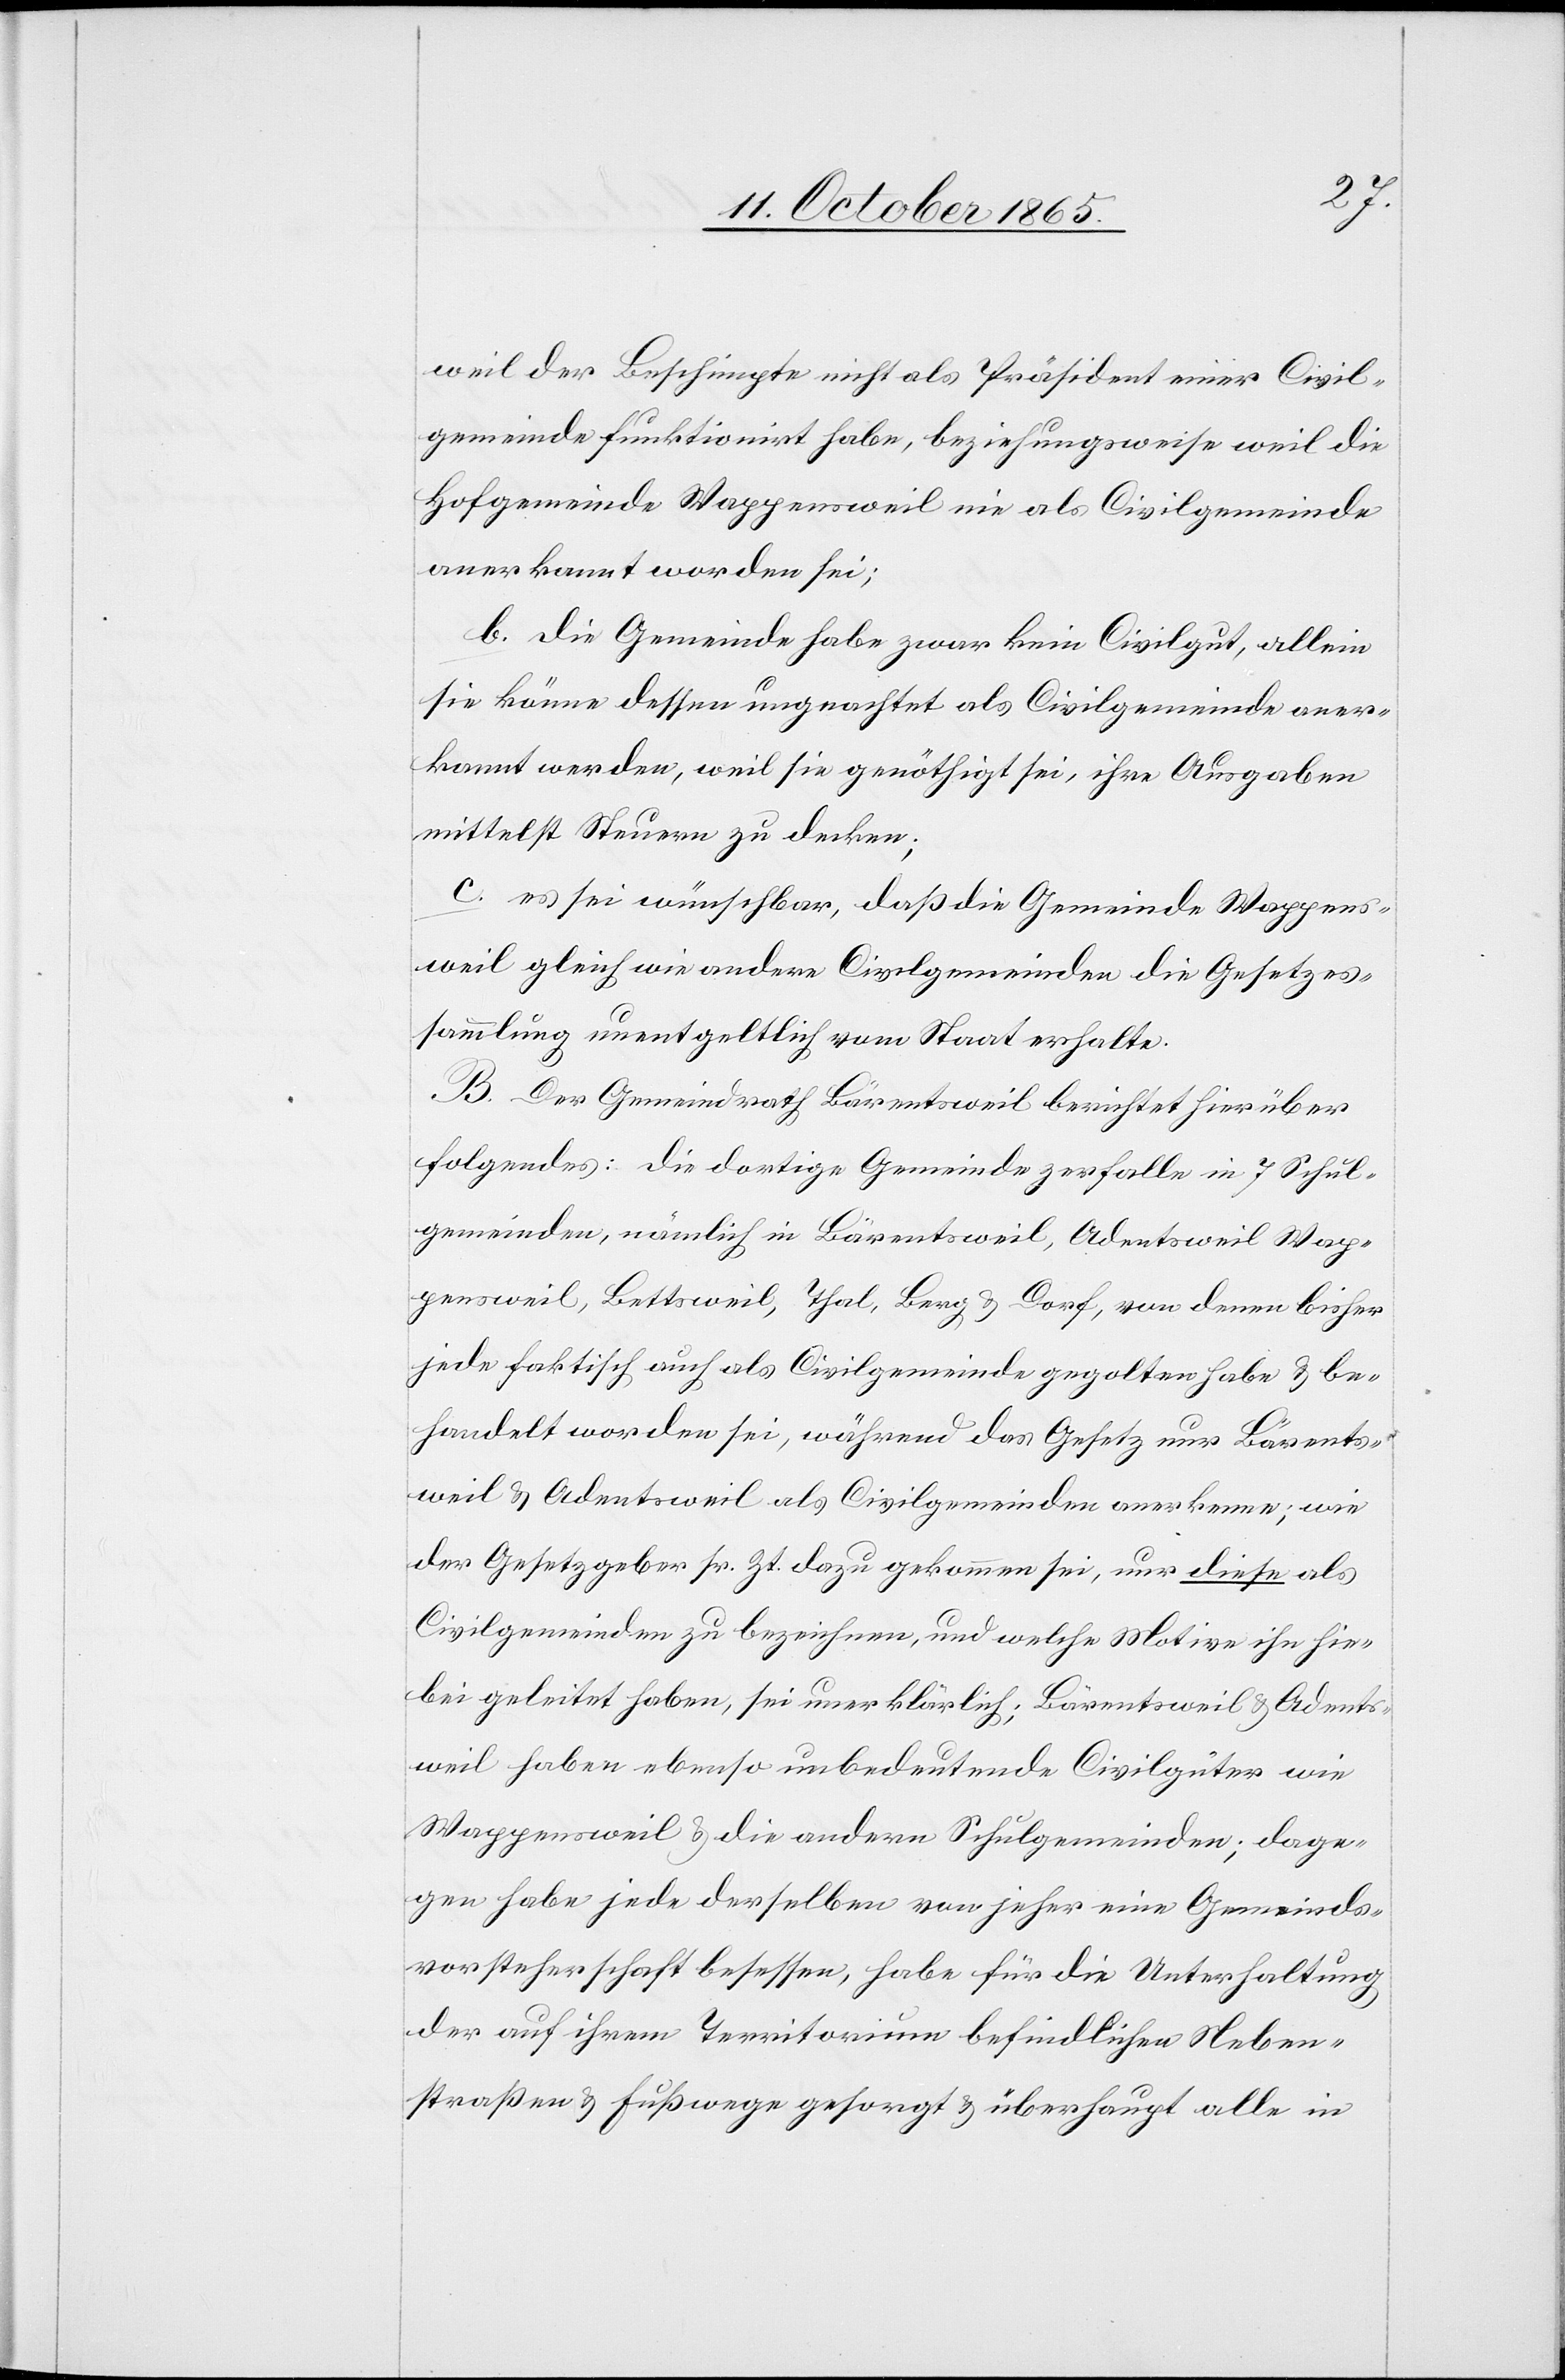
weil der Beschimpfte nicht als Präsident einer Civil¬
gemeinde funktionirt habe, beziehungsweise weil die
Hofgemeinde Wappensweil nie als Civilgemeinde
anerkannt worden sei;
b. Die Gemeinde habe zwar kein Civilgut, allein
sie könne dessen ungeachtet als Civilgemeinde aner¬
kannt werden, weil sie genöthigt sei, ihre Ausgaben
mittelst Steuern zu decken;
c. es sei wünschbar, daß die Gemeinde Wappens¬
weil gleich wie andere Civilgemeinden die Gesetzes¬
sammlung unentgeltlich vom Staat erhalte.
B. Der Gemeindrath Bärentsweil berichtet hierüber
folgendes: Die dortige Gemeinde zerfalle in 7 Schul¬
gemeinden, nämlich in Bärentsweil, Adentsweil[,] Wap¬
pensweil, Bettsweil, Thal, Berg & Dorf, von denen bisher
jede faktisch auch als Civilgemeinde gegolten habe & be¬
handelt worden sei, während das Gesetz nur Bärents¬
weil & Adentsweil als Civilgemeinden anerkenne; wie
der Gesetzgeber sr. Zt. dazu gekommen sei, nur diese als
Civilgemeinden zu bezeichnen, und welche Motive ihn hie¬
bei geleitet haben, sei unerklärlich; Bärentsweil & Adents¬
weil haben ebenso unbedeutende Civilgüter wie
Wappensweil & die andern Schulgemeinden; dage¬
gen habe jede derselben von jeher eine Gemeinds¬
vorsteherschaft besessen, habe für die Unterhaltung
der auf ihrem Territorium befindlichen Neben¬
straßen & Fußwege gesorgt & überhaupt alle in